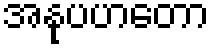
အနုပဟတော